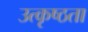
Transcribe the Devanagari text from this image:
उत्कृष्ठता